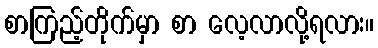
စာကြည့်တိုက်မှာ စာ လေ့လာလို့ရလား။